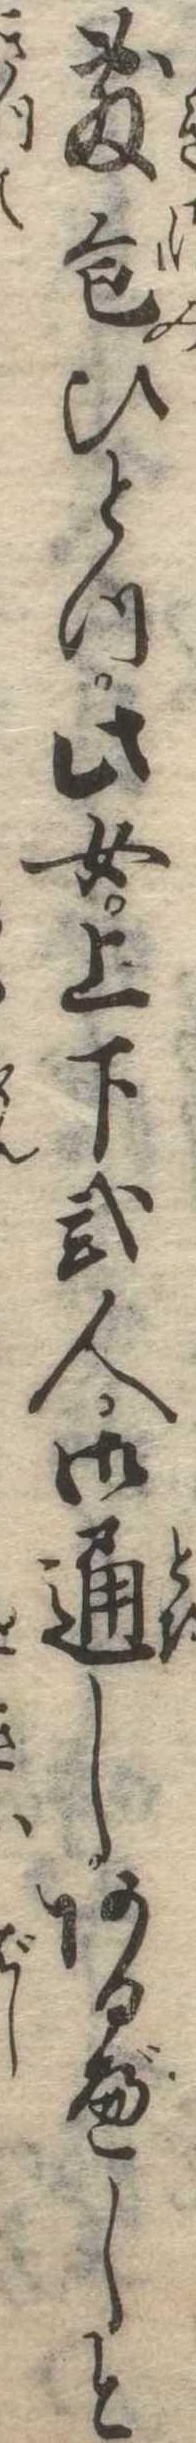
敷包ひとつ此女上下弐人御通しあるべしと